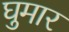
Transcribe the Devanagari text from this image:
घुमार